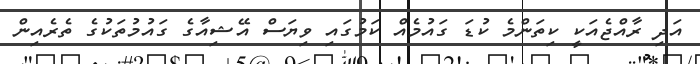
އަދި ރާއްޖެއަކީ ކިތަންމެ ކުޑަ ގައުމެއް ކަމުގައި ވިޔަސް އޭޝިއާގެ ގައުމުތަކުގެ ތެރެއިން